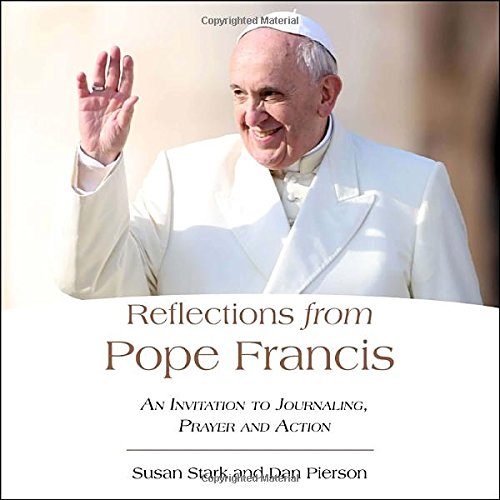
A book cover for Reflections from Pope Francis: An Invitation to Journaling, Prayer, and Action; Susan Stark; Christian Books & Bibles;